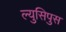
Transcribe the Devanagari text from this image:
ल्युसिपुस